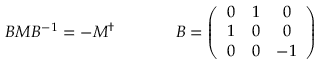
\begin{array} { c c } { { { \cal B } { \cal M } { \cal B } ^ { - 1 } = - { \cal M } ^ { \dagger } ~ ~ ~ ~ } } & { { ~ ~ ~ ~ { \cal B } = \left( \begin{array} { c c c } { { 0 } } & { { 1 } } & { { 0 } } \\ { { 1 } } & { { 0 } } & { { 0 } } \\ { { 0 } } & { { 0 } } & { { - 1 } } \end{array} \right) } } \end{array}